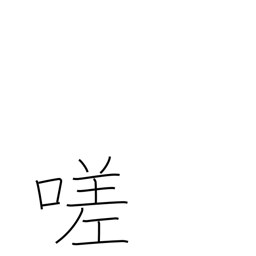
Meaning: ah